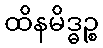
ထိနမိဒ္ဓဉ္စ